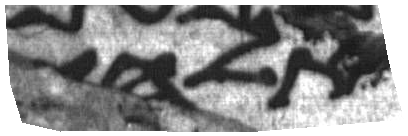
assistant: אלהי